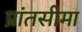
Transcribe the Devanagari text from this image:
प्रांतसीमा